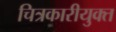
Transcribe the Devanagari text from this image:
चित्रकारीयुक्त